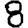
Digit: 8